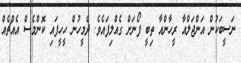
ނަސީބަކުން އަންޖަލްއާ ރީހާންއާ ތިބީ ފޯނަށް ގެއްލިފައެވެ. ދެމީހުން ހީހީފައި ކޮންމެސް އެއްޗެއް